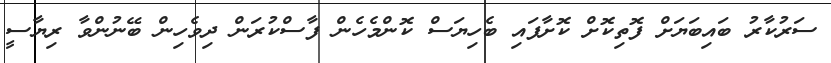
ސަރުކާރު ބައިބަޔަށް ފޮތިކޮށް ކޮށާފައި ބެހިޔަސް ކޮންމެހެން ފާސްކުރަން ދިވެހިން ބޭނުންވާ ރިޔާސީ